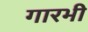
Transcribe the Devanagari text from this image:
गारभी